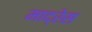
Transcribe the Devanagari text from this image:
माद्रेस